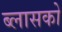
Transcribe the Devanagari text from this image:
ब्लासको